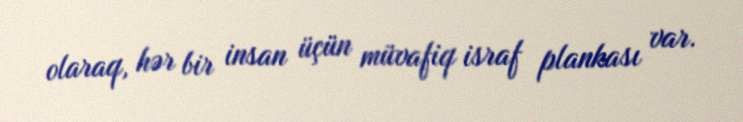
olaraq, hər bir insan üçün müvafiq israf plankası var.